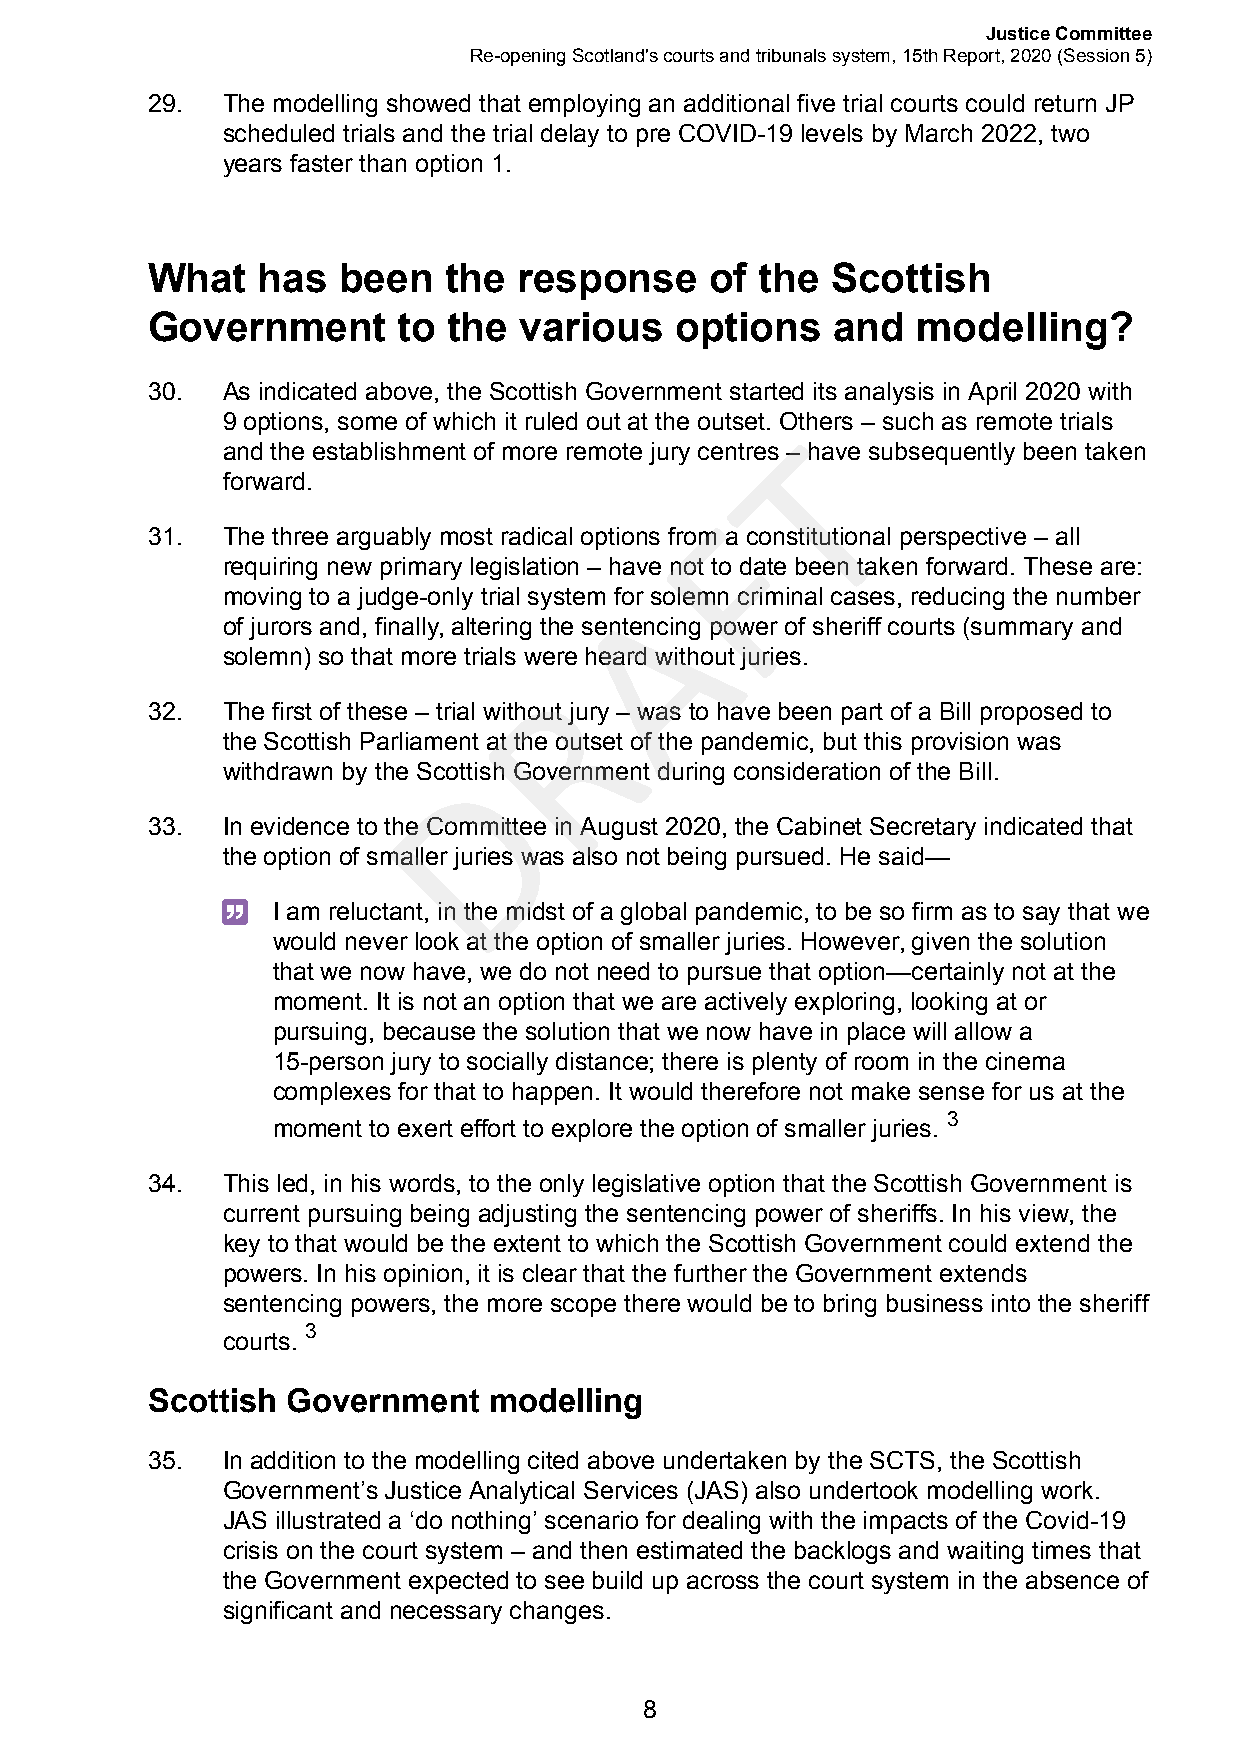
Justice Committee
 Re-opening Scotland's courts and tribunals system, 15th Report, 2020 (Session 5)
 29.  The modelling showed that employing an additional five trial courts could return JP
 scheduled trials and the trial delay to pre COVID-19 levels by March 2022, two
 years faster than option 1.
 What   has  been   the  response     of the  Scottish
 Government      to  the various    options   and   modelling?
 30.  As indicated above, the Scottish Government started its analysis in April 2020 with
 9 options, some of which it ruled out at the outset. Others – such as remote trials
 T
 and the establishment of more remote jury centres – have subsequently been taken
 forward.
 F
 31.  The three arguably most radical options from a constitutional perspective – all
 requiring new primary legislation – have not to date been taken forward. These are:
 A
 moving to a judge-only trial system for solemn criminal cases, reducing the number
 of jurors and, finally, altering the sentencing power of sheriff courts (summary and
 solemn) so that more trials were heard without juries.
 R
 32.  The first of these – trial without jury – was to have been part of a Bill proposed to
 the Scottish Parliament at the outset of the pandemic, but this provision was
 D
 withdrawn by the Scottish Government during consideration of the Bill.
 33.  In evidence to the Committee in August 2020, the Cabinet Secretary indicated that
 the option of smaller juries was also not being pursued. He said—
 I am reluctant, in the midst of a global pandemic, to be so firm as to say that we
 would never look at the option of smaller juries. However, given the solution
 that we now have, we do not need to pursue that option—certainly not at the
 moment. It is not an option that we are actively exploring, looking at or
 pursuing, because the solution that we now have in place will allow a
 15-person jury to socially distance; there is plenty of room in the cinema
 complexes for that to happen. It would therefore not make sense for us at the
 3
 moment to exert effort to explore the option of smaller juries.
 34.  This led, in his words, to the only legislative option that the Scottish Government is
 current pursuing being adjusting the sentencing power of sheriffs. In his view, the
 key to that would be the extent to which the Scottish Government could extend the
 powers. In his opinion, it is clear that the further the Government extends
 sentencing powers, the more scope there would be to bring business into the sheriff
 3
 courts.
 Scottish Government   modelling
 35.  In addition to the modelling cited above undertaken by the SCTS, the Scottish
 Government’s Justice Analytical Services (JAS) also undertook modelling work.
 JAS illustrated a ‘do nothing’ scenario for dealing with the impacts of the Covid-19
 crisis on the court system – and then estimated the backlogs and waiting times that
 the Government expected to see build up across the court system in the absence of
 significant and necessary changes.
 8